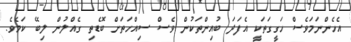
އެހެންނަމަވެސް ހަގީގަތަކީ އެފަދަ ބުއިންތަކުން ވެސް ސިއްހަތަށް ބޮޑެތި ގެއްލުން ލިބޭ ކަމެވެ.